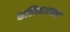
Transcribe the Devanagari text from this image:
कलिकावस्था